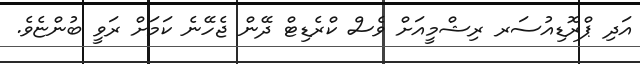
އަދި ޕްރޮޑިއުސަރ ރިޝްމީއަށް ވެސް ކްރެޑިޓް ދޭން ޖެހޭނެ ކަމަށް ރަވީ ބުންޏެވެ.